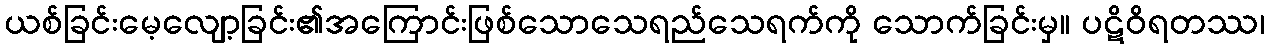
ယစ်ခြင်းမေ့လျော့ခြင်း၏အကြောင်းဖြစ်သောသေရည်သေရက်ကို သောက်ခြင်းမှ။ ပဋိဝိရတဿ၊